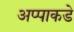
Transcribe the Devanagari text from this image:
अप्पाकडे